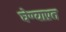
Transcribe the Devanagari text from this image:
घेण्याप्रत